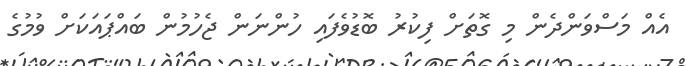
އެއް މަސްވަންދެން މި ގޮތަށް ފިކުރު ބޮޑުވެފައި ހުންނަން ޖެހުމުން ބައްޕައަކަށް ވުމުގެ